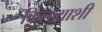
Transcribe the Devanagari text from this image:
किल्ल्याशी